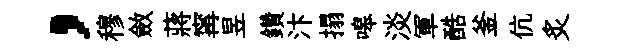
，穆斂蔣𡩋昱鑽汴搨嗥淡軍酷釜伉炙